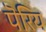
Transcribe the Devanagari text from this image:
पॆरिय